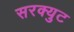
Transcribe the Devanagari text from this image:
सरक्युट